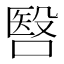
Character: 㗨